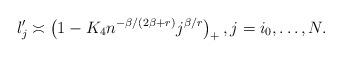
LaTeX: \begin{align*}l'_j\asymp \left(1-K_4 n^{-\beta/(2\beta+r)} j^{\beta/r}\right)_+, j= i_0,\dots, N.\end{align*}